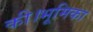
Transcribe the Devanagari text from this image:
की।भूमिका